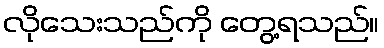
လိုသေးသည်ကို တွေ့ရသည်။